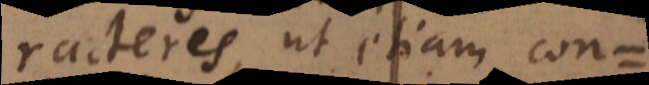
racteres ut etiam con=